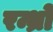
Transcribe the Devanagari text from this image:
रन्ध्रो